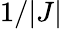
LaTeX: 1/|J|